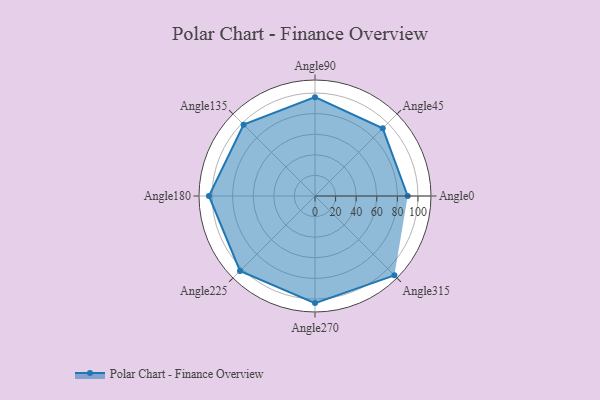
{"axis": {"x": "Angle", "y": "Radius"}, "legend": [""], "data": [{"x": "Angle0", "y": 90.0, "type": ""}, {"x": "Angle45", "y": 93.0, "type": ""}, {"x": "Angle90", "y": 96.0, "type": ""}, {"x": "Angle135", "y": 98.0, "type": ""}, {"x": "Angle180", "y": 103.0, "type": ""}, {"x": "Angle225", "y": 103.0, "type": ""}, {"x": "Angle270", "y": 104.0, "type": ""}, {"x": "Angle315", "y": 109.0, "type": ""}]}